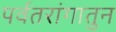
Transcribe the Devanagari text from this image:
पर्वतरांगातुन